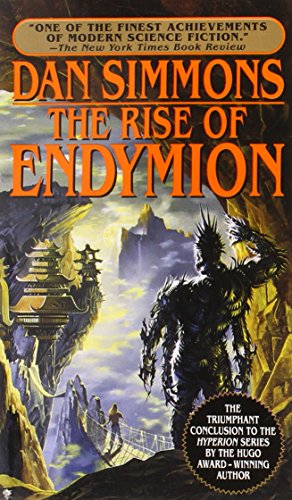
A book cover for The Rise of Endymion (Hyperion); Dan Simmons; Science Fiction & Fantasy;